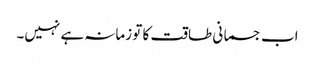
اب جسمانی طاقت کا تو زمانہ ہے نہیں۔